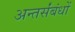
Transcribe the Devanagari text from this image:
अन्तर्संबंधों